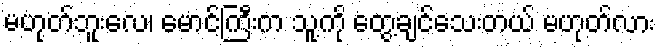
မဟုတ်ဘူးလေ၊ မောင်ကြီးက သူ့ကို တွေ့ချင်သေးတယ် မဟုတ်လား